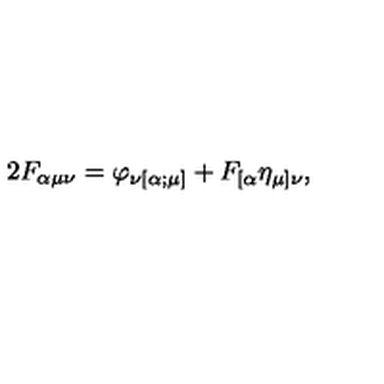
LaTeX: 2 F _ { \alpha \mu \nu } = \varphi _ { \nu [ \alpha ; \mu ] } + F _ { [ \alpha } \eta _ { \mu ] \nu } ,